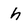
Character: h